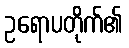
ဥရောပတိုက်၏